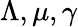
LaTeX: \Lambda,\mu,\gamma